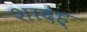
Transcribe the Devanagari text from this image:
शादेह्